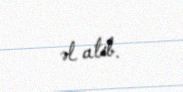
əl atıb.